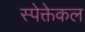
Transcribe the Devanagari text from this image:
स्पेक्तेकल